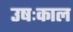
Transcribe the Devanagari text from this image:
उषःकाल